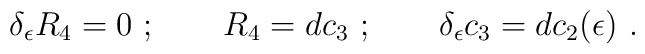
\delta_\epsilon R_4= 0\ ;\qquad R_4=dc_3\ ; \qquad \delta_\epsilon c_3=d c_2(\epsilon)\ .